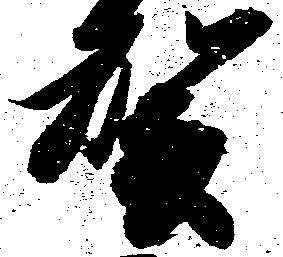
賀